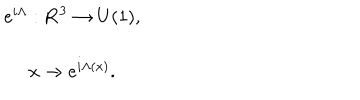
\begin{array} { c } { { e ^ { i \Lambda } : { \bf R } ^ { 3 } \rightarrow U ( 1 ) , } } \\ { { x \rightarrow e ^ { i \Lambda ( x ) } . } } \\ \end{array}